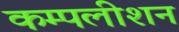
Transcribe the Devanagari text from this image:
कम्पलीशन